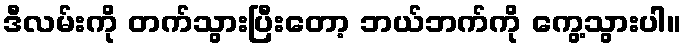
ဒီလမ်းကို တက်သွားပြီးတော့ ဘယ်ဘက်ကို ကွေ့သွားပါ။